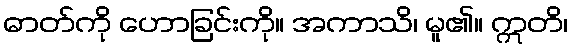
ဓာတ်ကို ဟောခြင်းကို။ အကာသိ၊ မူ၏။ ဣတိ၊